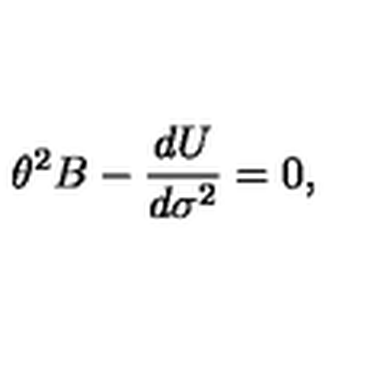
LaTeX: { \theta } ^ { 2 } B - \frac { d U } { d { \sigma } ^ { 2 } } = 0 ,